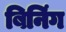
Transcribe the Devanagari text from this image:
बिनिंग